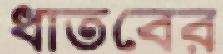
ধাতবের